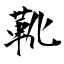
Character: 靴